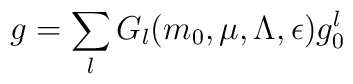
g=\sum_{l}G_l(m_0,\mu,\Lambda,\epsilon)g_0^l